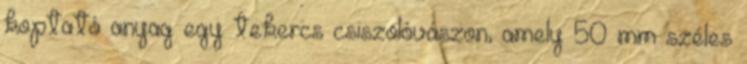
koptató anyag egy tekercs csiszolóvászon, amely 50 mm széles